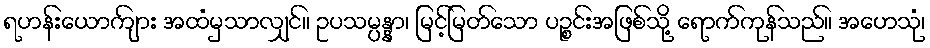
ရဟန်းယောကျ်ား အထံမှသာလျှင်။ ဥပသမ္ပန္နာ၊ မြင့်မြတ်သော ပဉ္စင်းအဖြစ်သို့ ရောက်ကုန်သည်။ အဟေသုံ၊